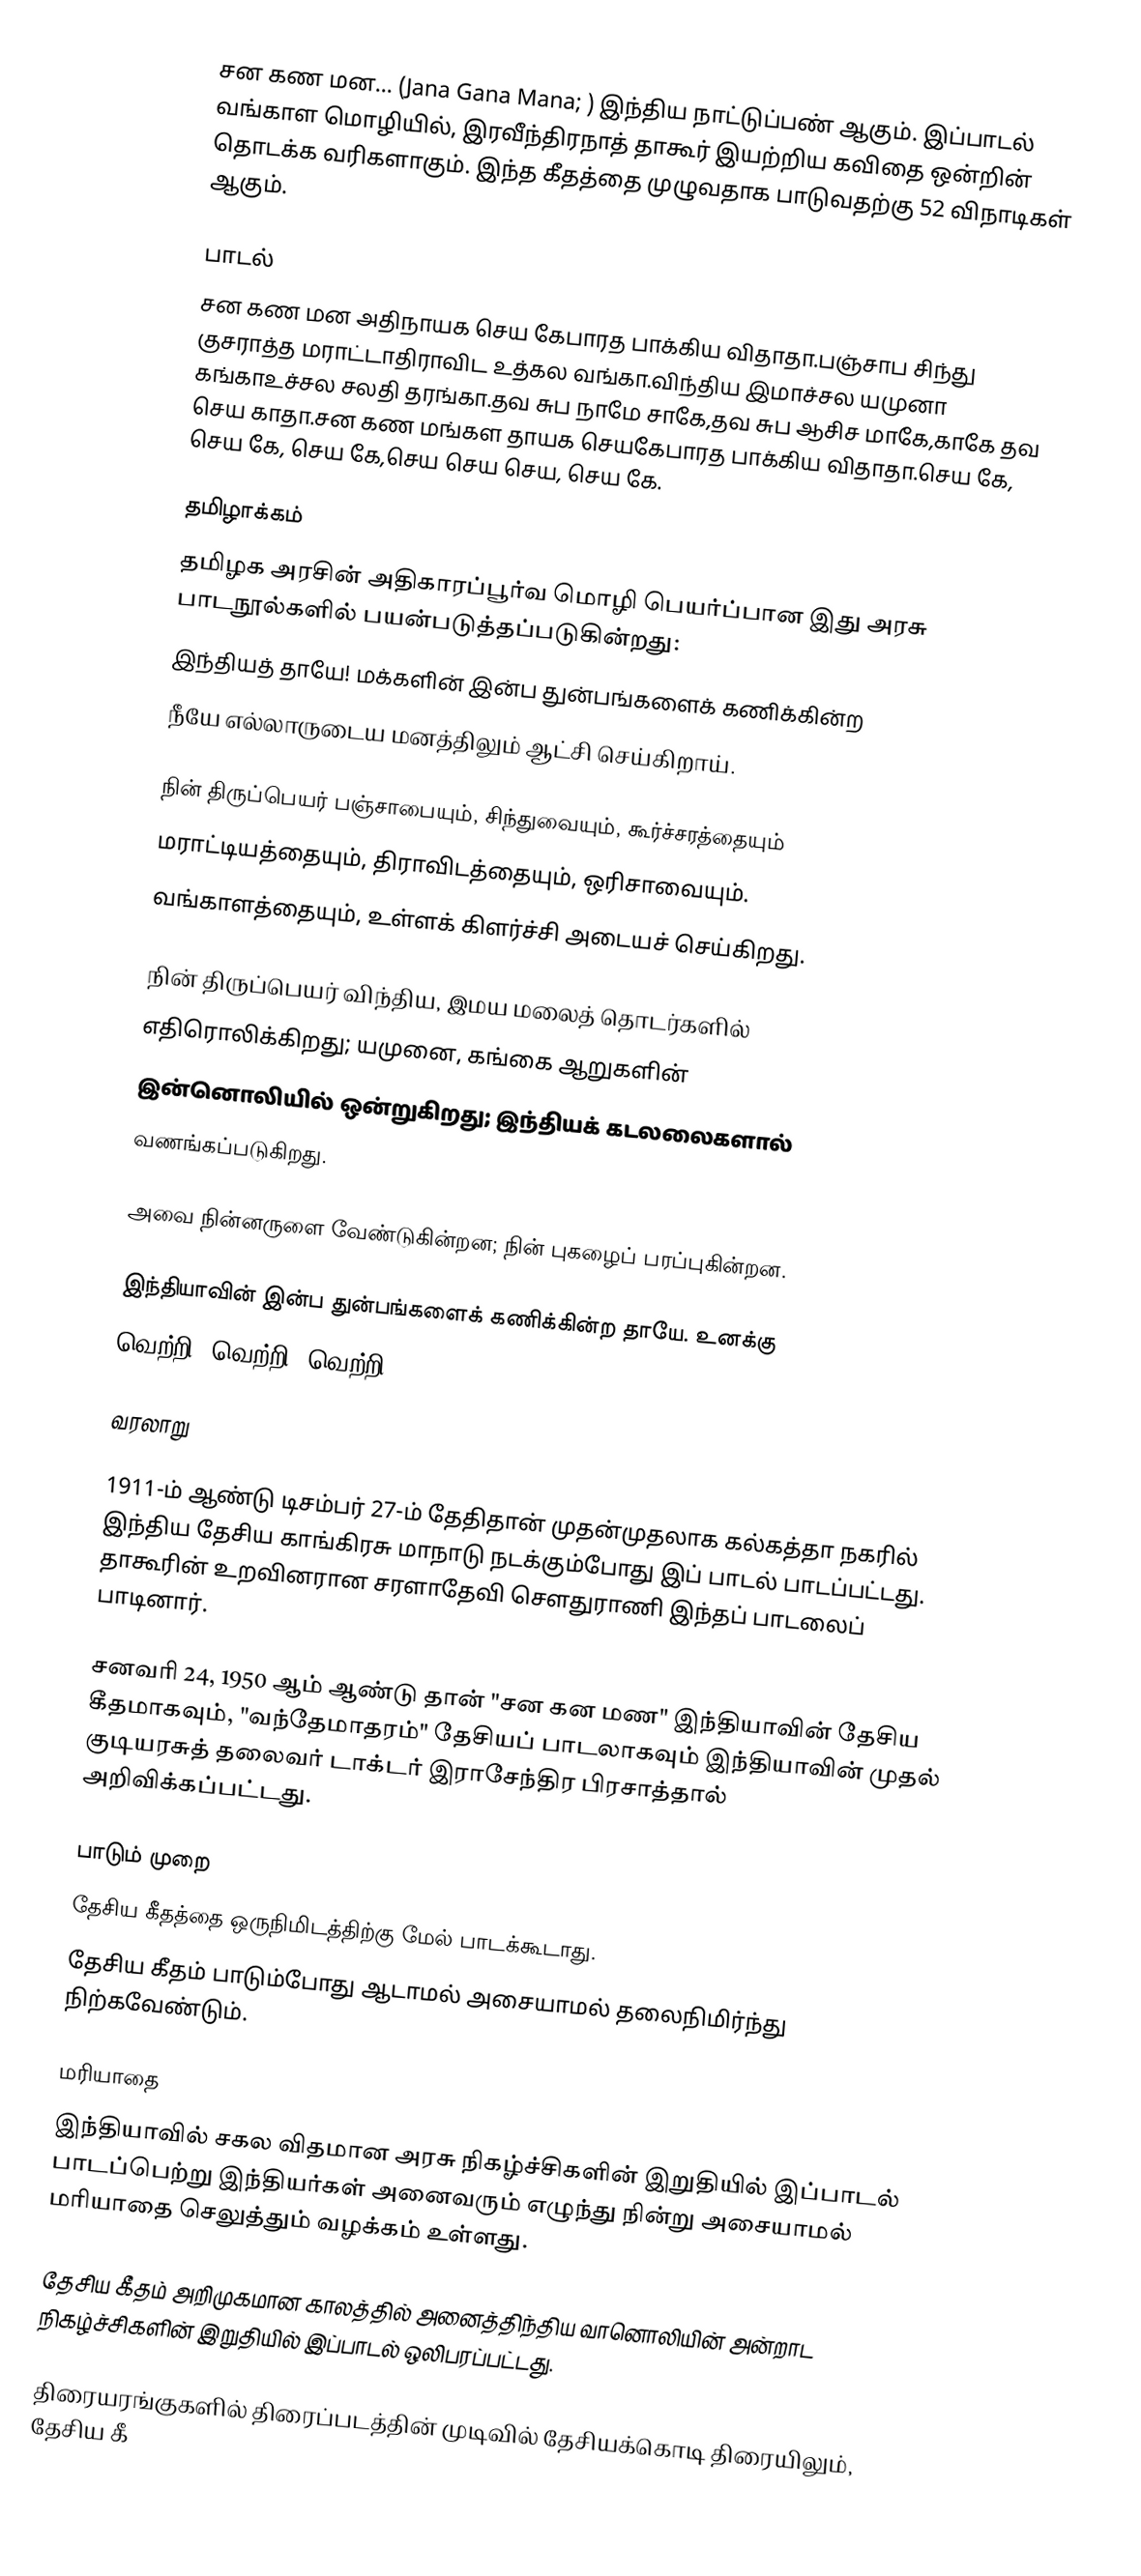
சன கண மன... (Jana Gana Mana; ) இந்திய நாட்டுப்பண் ஆகும். இப்பாடல் வங்காள மொழியில், இரவீந்திரநாத் தாகூர் இயற்றிய கவிதை ஒன்றின் தொடக்க வரிகளாகும். இந்த கீதத்தை முழுவதாக பாடுவதற்கு 52 விநாடிகள் ஆகும்.

பாடல்
சன கண மன அதிநாயக செய கேபாரத பாக்கிய விதாதா.பஞ்சாப சிந்து குசராத்த மராட்டாதிராவிட உத்கல வங்கா.விந்திய இமாச்சல யமுனா கங்காஉச்சல சலதி தரங்கா.தவ சுப நாமே சாகே,தவ சுப ஆசிச மாகே,காகே தவ செய காதா.சன கண மங்கள தாயக செயகேபாரத பாக்கிய விதாதா.செய கே, செய கே, செய கே,செய செய செய, செய கே.

தமிழாக்கம்
தமிழக அரசின் அதிகாரப்பூர்வ மொழி பெயர்ப்பான இது அரசு பாடநூல்களில் பயன்படுத்தப்படுகின்றது:
இந்தியத் தாயே! மக்களின் இன்ப துன்பங்களைக் கணிக்கின்ற
நீயே எல்லாருடைய மனத்திலும் ஆட்சி செய்கிறாய்.

நின் திருப்பெயர் பஞ்சாபையும், சிந்துவையும், கூர்ச்சரத்தையும்
மராட்டியத்தையும், திராவிடத்தையும், ஒரிசாவையும்.
வங்காளத்தையும், உள்ளக் கிளர்ச்சி அடையச் செய்கிறது.

நின் திருப்பெயர் விந்திய, இமய மலைத் தொடர்களில்
எதிரொலிக்கிறது; யமுனை, கங்கை ஆறுகளின்
இன்னொலியில் ஒன்றுகிறது; இந்தியக் கடலலைகளால்
வணங்கப்படுகிறது.

அவை நின்னருளை வேண்டுகின்றன; நின் புகழைப் பரப்புகின்றன.

இந்தியாவின் இன்ப துன்பங்களைக் கணிக்கின்ற தாயே. உனக்கு
வெற்றி! வெற்றி! வெற்றி!

வரலாறு

1911-ம் ஆண்டு டிசம்பர் 27-ம் தேதிதான் முதன்முதலாக கல்கத்தா நகரில் இந்திய தேசிய காங்கிரசு மாநாடு நடக்கும்போது இப் பாடல் பாடப்பட்டது. தாகூரின் உறவினரான சரளாதேவி சௌதுராணி இந்தப் பாடலைப் பாடினார்.

சனவரி 24, 1950 ஆம் ஆண்டு தான் "சன கன மண" இந்தியாவின் தேசிய கீதமாகவும், "வந்தேமாதரம்" தேசியப் பாடலாகவும் இந்தியாவின் முதல் குடியரசுத் தலைவர் டாக்டர் இராசேந்திர பிரசாத்தால் அறிவிக்கப்பட்டது.

பாடும் முறை
 தேசிய கீதத்தை ஒருநிமிடத்திற்கு மேல் பாடக்கூடாது.
 தேசிய கீதம் பாடும்போது ஆடாமல் அசையாமல் தலைநிமிர்ந்து நிற்கவேண்டும்.

மரியாதை
இந்தியாவில் சகல விதமான அரசு நிகழ்ச்சிகளின் இறுதியில் இப்பாடல் பாடப்பெற்று இந்தியர்கள் அனைவரும் எழுந்து நின்று அசையாமல் மரியாதை செலுத்தும் வழக்கம் உள்ளது.

தேசிய கீதம் அறிமுகமான காலத்தில் அனைத்திந்திய வானொலியின் அன்றாட நிகழ்ச்சிகளின் இறுதியில் இப்பாடல் ஒலிபரப்பட்டது.

திரையரங்குகளில் திரைப்படத்தின் முடிவில் தேசியக்கொடி திரையிலும், தேசிய கீ